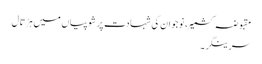
مقبوضہ کشمیر، نوجوان کی شہادت پر شوپیاں میں ہڑتال
سرینگر ۔